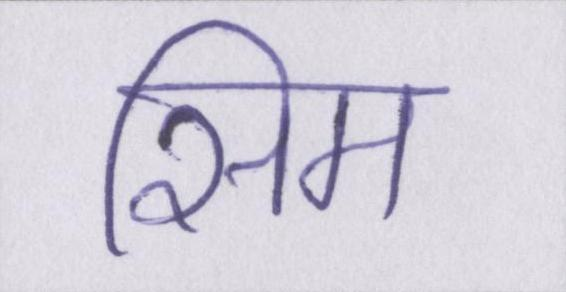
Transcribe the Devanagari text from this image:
सिम